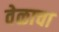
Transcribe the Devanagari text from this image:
वेळाचा